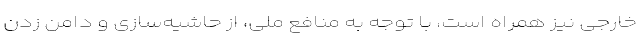
خارجی نیز همراه است، با توجه به منافع ملی، از حاشیه‌سازی و دامن زدن